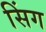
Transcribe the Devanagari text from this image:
सिंग